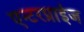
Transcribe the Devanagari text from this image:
एन्टरप्राईज